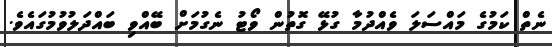
ނެތް ކަމުގެ މައްސަލަ ވެއްދުމާ ގުޅޭ ގޮތުން ވޯޓު ނެގުމަށް ބޭއްވި ބައްދަލުވުމުގައެވެ.